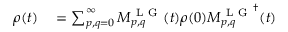
\begin{array} { r l } { \rho ( t ) } & { { } = \sum _ { p , q = 0 } ^ { \infty } M _ { p , q } ^ { \mathrm { ~ L ~ G ~ } } ( t ) \rho ( 0 ) { M _ { p , q } ^ { \mathrm { ~ L ~ G ~ } } } ^ { \dagger } ( t ) } \end{array}